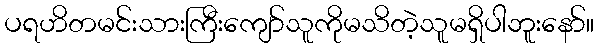
ပရဟိတမင်းသားကြီးကျော်သူကိုမသိတဲ့သူမရှိပါဘူးနော်။